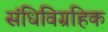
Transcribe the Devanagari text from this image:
संधिविग्रहिक